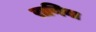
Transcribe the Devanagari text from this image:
राणिया